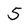
Character: 5